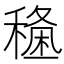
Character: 𥡑